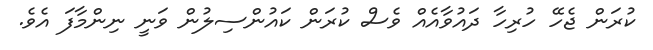
ކުރަން ޖެހޭ ހުރިހާ ދައުވާއެއް ވެސް ކުރަން ކައުންސިލުން ވަނީ ނިންމާފަ އެވެ.